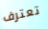
تعترف